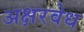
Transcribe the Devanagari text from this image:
अक्षरवेध